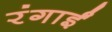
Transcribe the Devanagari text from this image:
रंगाईं